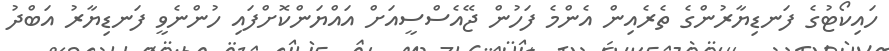
ހައިކޯޓުގެ ފަނޑިޔާރުންގެ ތެރެއިން އެންމެ ފަހުން ޖޭއެސްސީއަށް އައްޔަންކޮށްފައި ހުންނެވީ ފަނޑިޔާރު އަބްދު